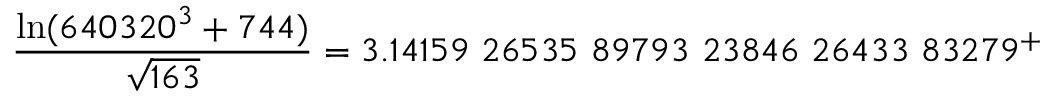
{ \frac { \ln ( 6 4 0 3 2 0 ^ { 3 } + 7 4 4 ) } { \sqrt { 1 6 3 } } } = 3 . 1 4 1 5 9 \ 2 6 5 3 5 \ 8 9 7 9 3 \ 2 3 8 4 6 \ 2 6 4 3 3 \ 8 3 2 7 9 ^ { + }